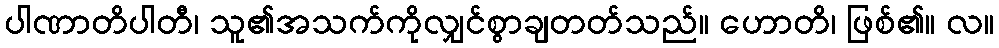
ပါဏာတိပါတီ၊ သူ၏အသက်ကိုလျှင်စွာချတတ်သည်။ ဟောတိ၊ ဖြစ်၏။ လ။